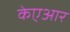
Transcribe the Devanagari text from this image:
केएआर